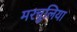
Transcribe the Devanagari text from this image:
मरचुलिया